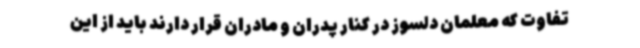
تفاوت که معلمان دلسوز در کنار پدران و مادران قرار دارند باید از این